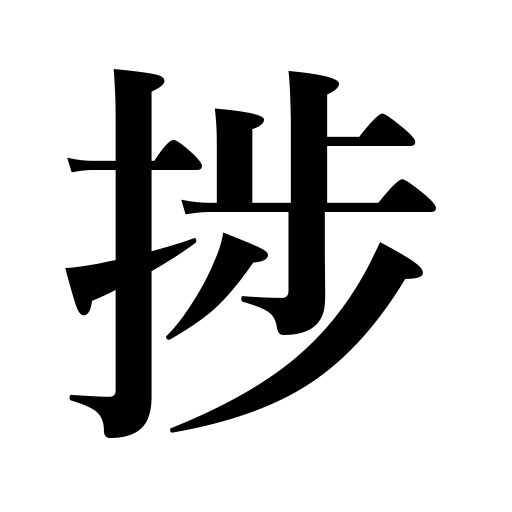
Meanings: make progress